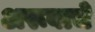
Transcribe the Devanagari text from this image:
अरूबाचे